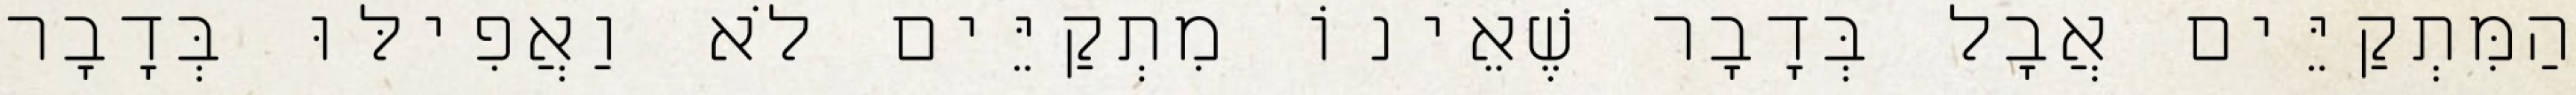
הַמִּתְקַיֵּים אֲבָל בְּדָבָר שֶׁאֵינוֹ מִתְקַיֵּים לֹא וַאֲפִילּוּ בְּדָבָר